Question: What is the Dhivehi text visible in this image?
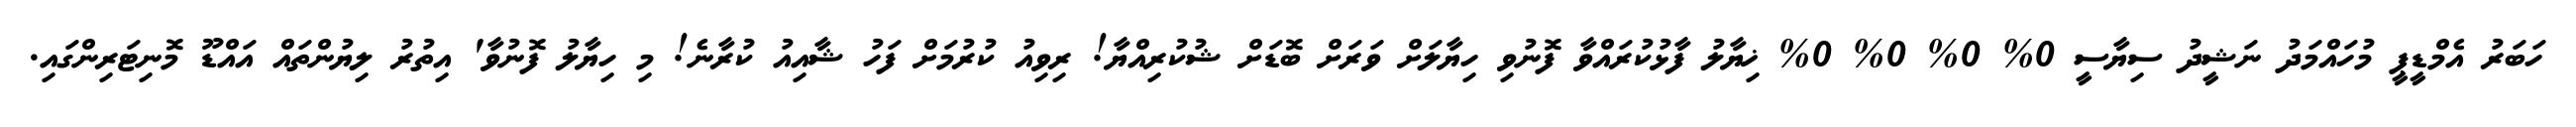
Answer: ހަބަރު އެމްޑީޕީ މުހައްމަދު ނަޝީދު ސިޔާސީ 0% 0% 0% 0% ޚިޔާލު ފާޅުކުރައްވާ ފޮނުވި ހިޔާލަށް ވަރަށް ބޮޑަށް ޝުކުރިއްޔާ! ރިވިއު ކުރުމަށް ފަހު ޝާއިއު ކުރާނެ! މި ހިޔާލު ފޮނުވާ' އިތުރު ލިޔުންތައް އައްޑޫ މޮނިޓަރިންގައި.